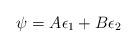
LaTeX: \begin{align*}\psi = A \epsilon_{1} + B \epsilon_{2}\end{align*}